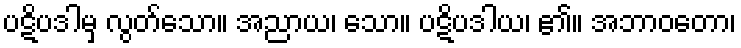
ပဋိပဒါမှ လွတ်သော။ အညာယ၊ သော။ ပဋိပဒါယ၊ ၏။ အဘာဝတော၊